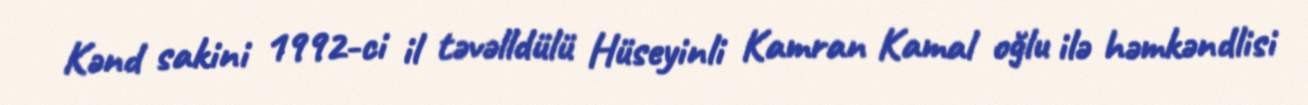
Kənd sakini 1992-ci il təvəlldülü Hüseyinli Kamran Kamal oğlu ilə həmkəndlisi